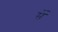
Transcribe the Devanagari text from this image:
र्सें